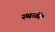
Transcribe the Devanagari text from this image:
स्थळी।